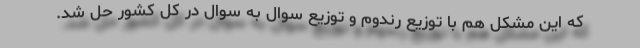
که این مشکل هم با توزیع رندوم و توزیع سوال به سوال در کل کشور حل شد.